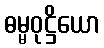
ဓမ္မဝုဋ္ဌိယော